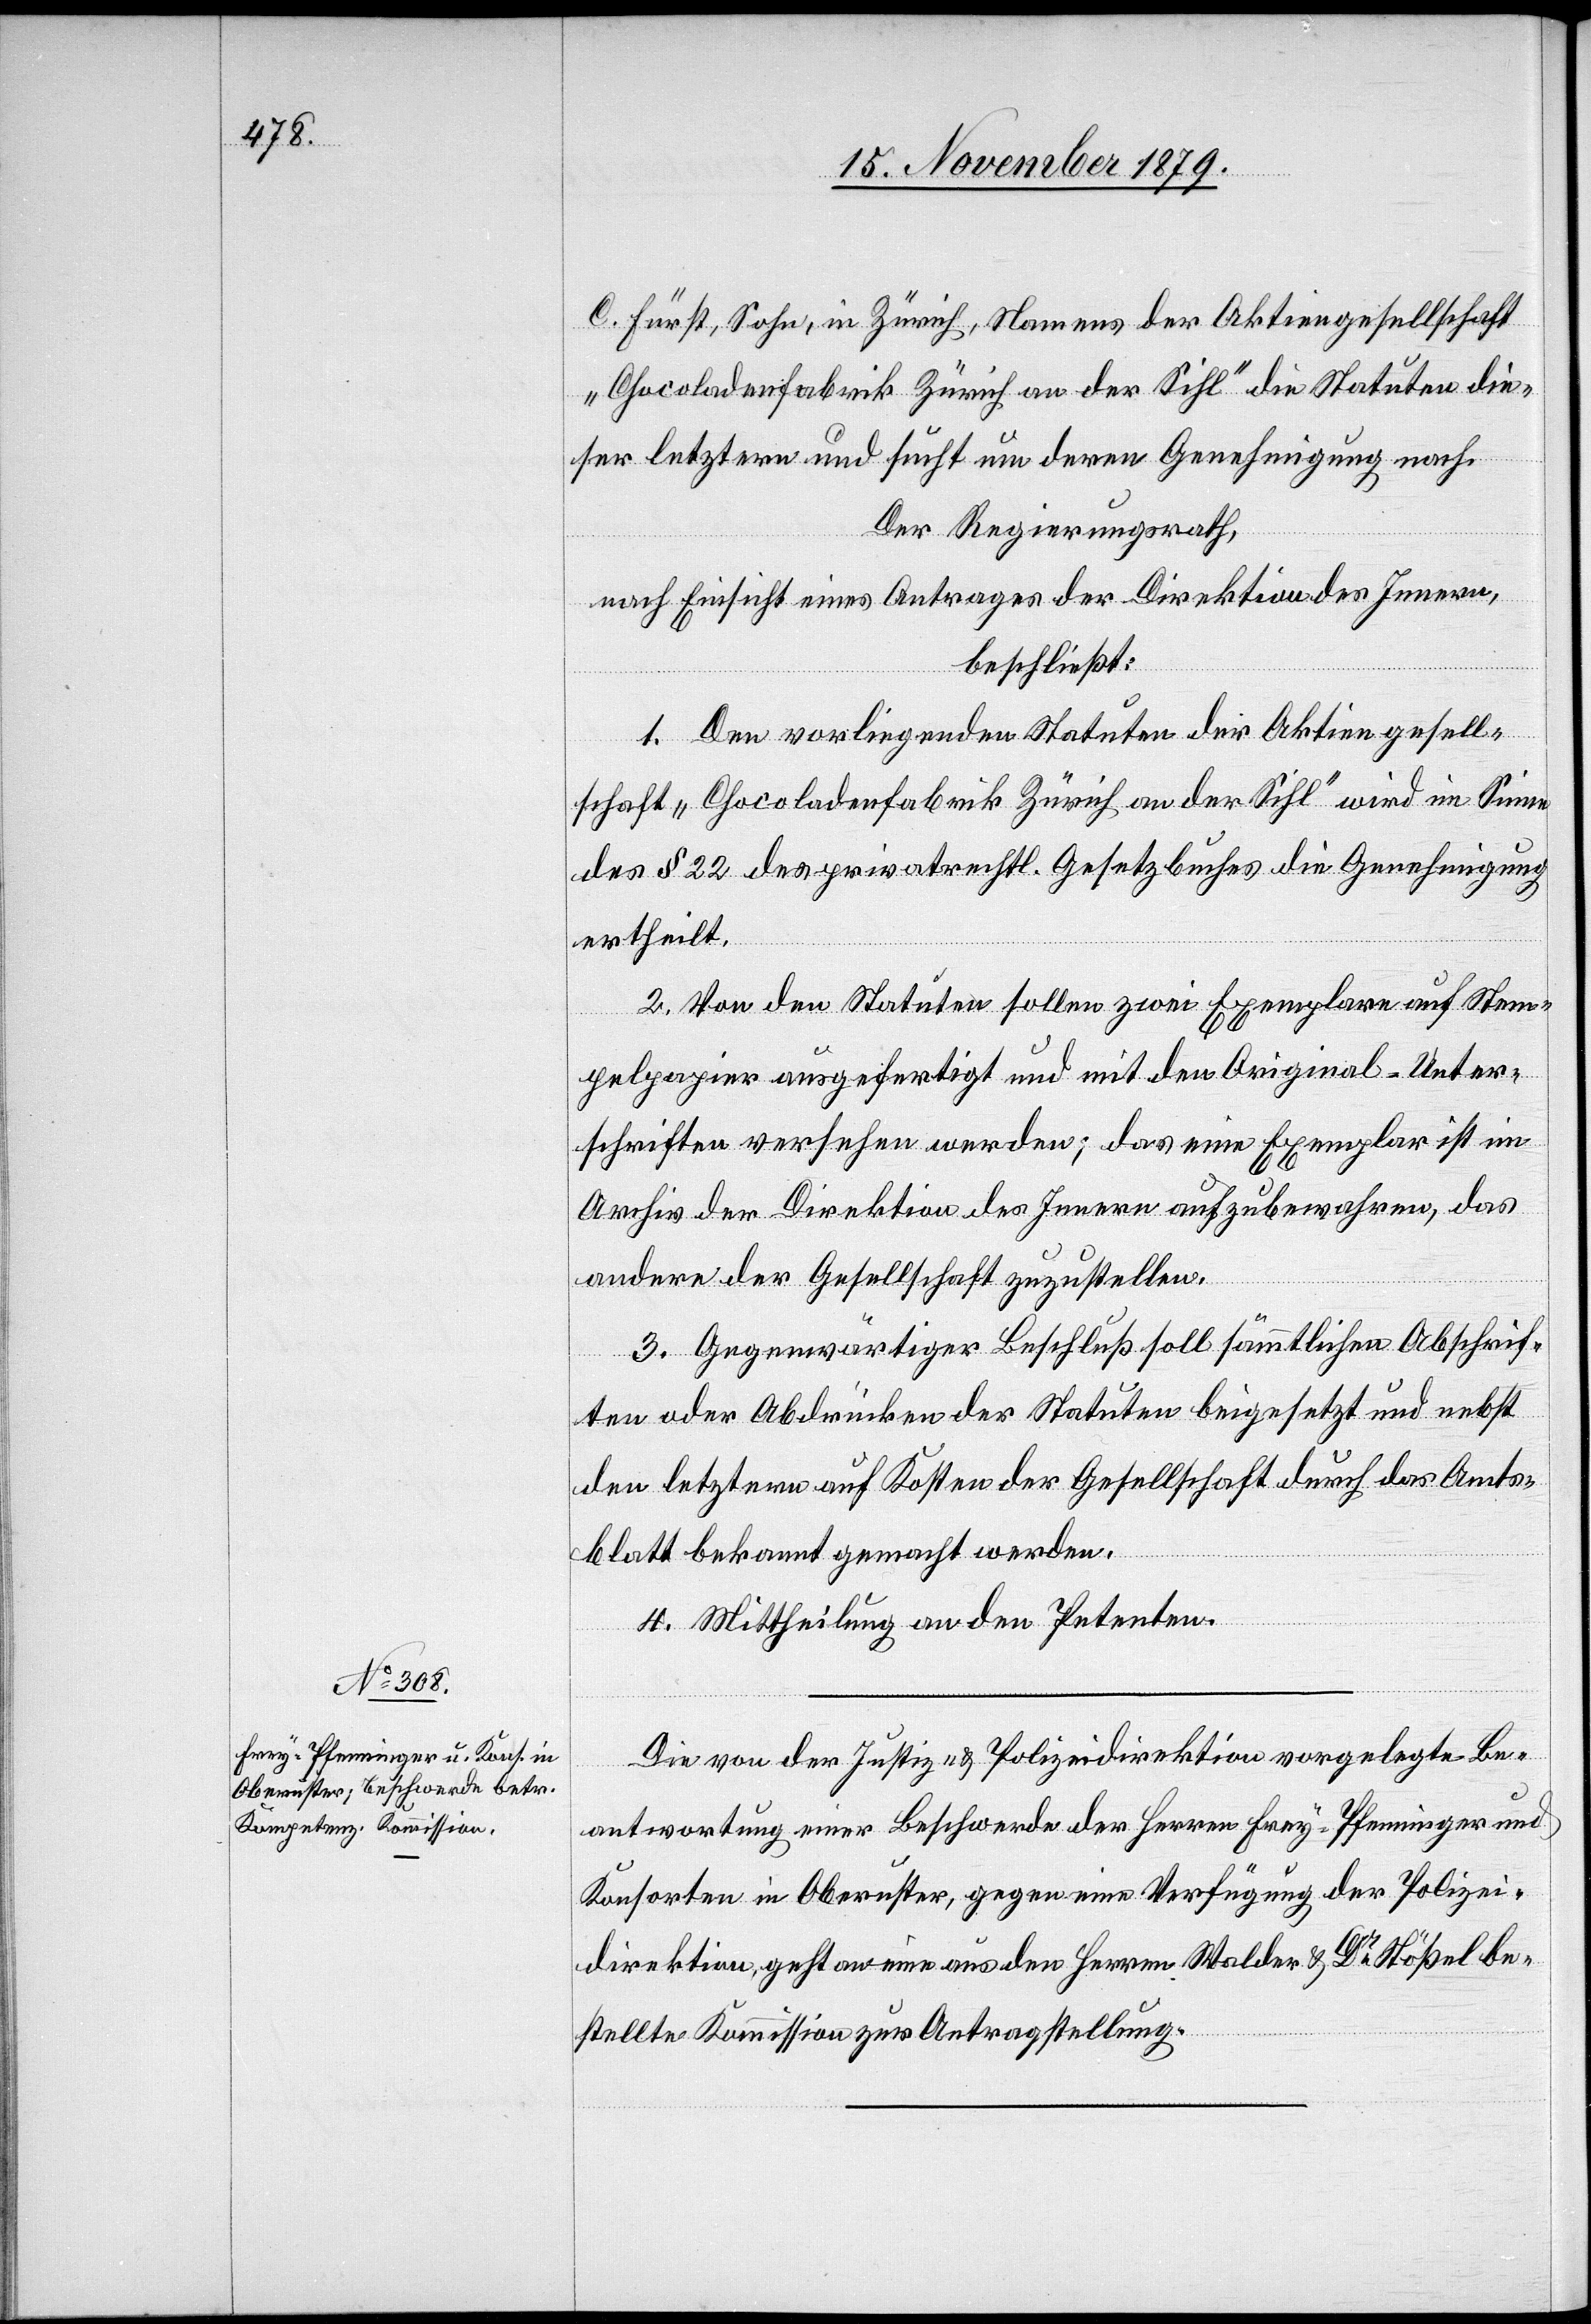
C. Fürst, Sohn, in Zürich, Namens der Aktiengesellschaft
„Chocoladenfabrik Zürich an der Sihl“ die Statuten die¬
ser letztern und sucht um deren Genehmigung nach.
Der Regierungsrath,
nach Einsicht eines Antrages der Direktion des Innern,
beschließt:
1. Den vorliegenden Statuten der Aktiengesell¬
schaft „Chocoladenfabrik Zürich an der Sihl“ wird im Sinne
des § 22 des privatrechtl. Gesetzbuches die Genehmigung
ertheilt.
2. Von den Statuten sollen zwei Exemplare auf Stem¬
pelpapier ausgefertigt und mit den Original-Unter¬
schriften versehen werden; das eine Exemplar ist im
Archiv der Direktion des Innern aufzubewahren, das
andere der Gesellschaft zuzustellen.
3. Gegenwärtiger Beschluß soll sämmtlichen Abschrif¬
ten oder Abdrücken der Statuten beigesetzt und nebst
den letztern auf Kosten der Gesellschaft durch das Amts¬
blatt bekannt gemacht werden.
4. Mittheilung an den Petenten.
Die von der Justiz- & Polizeidirektion vorgelegte Be¬
antwortung einer Beschwerde der Herren Frey-Pfenninger und
Konsorten in Oberuster, gegen eine Verfügung der Polizei¬
direktion, geht an eine aus den Herren Walder & Dr Stößel be¬
stellte Kommission zur Antragstellung.